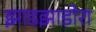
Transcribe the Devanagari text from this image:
झाडझाडोरा